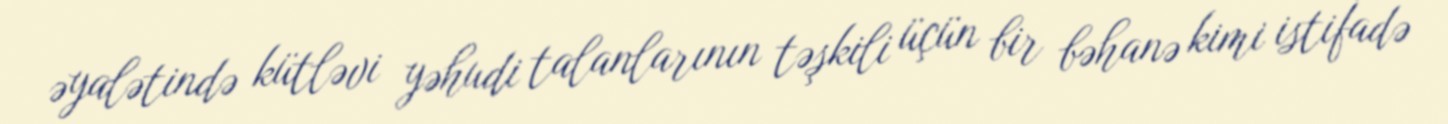
əyalətində kütləvi yəhudi talanlarının təşkili üçün bir bəhanə kimi istifadə